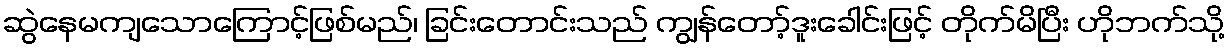
ဆွဲနေမကျသောကြောင့်ဖြစ်မည်၊ ခြင်းတောင်းသည် ကျွန်တော့်ဒူးခေါင်းဖြင့် တိုက်မိပြီး ဟိုဘက်သို့